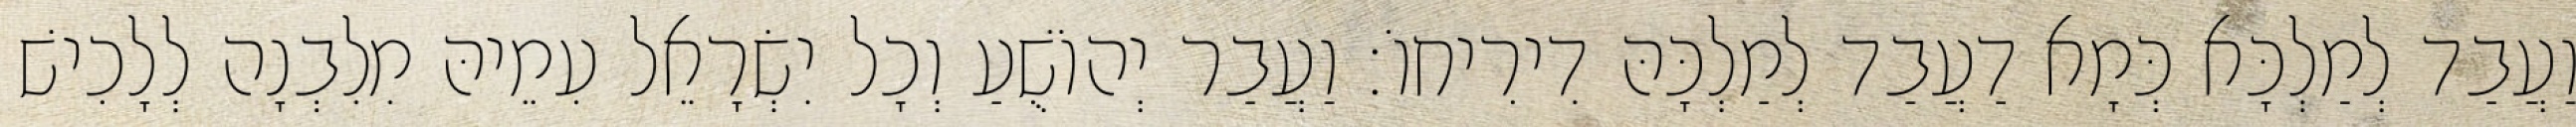
וַעֲבַד לְמַלְכָּא כְּמָא דַעֲבַד לְמַלְכָּהּ דִירִיחוֹ׃ וַעֲבַר יְהוֹשֻׁעַ וְכָל יִשְׂרָאֵל עִמֵיהּ מִלִבְנָה לְלָכִישׁ